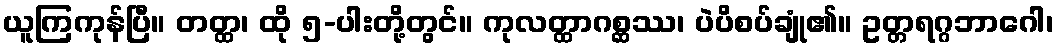
ယူကြကုန်ပြီ။ တတ္ထ၊ ထို ၅-ပါးတို့တွင်။ ကုလတ္ထာဂစ္ဆဿ၊ ပဲပိစပ်ချုံ၏။ ဥတ္တရဂ္ဂဘာဂေါ၊